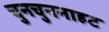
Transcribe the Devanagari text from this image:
चुनचुननाहट